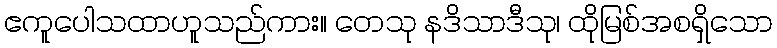
ဧကူပေါသထာဟူသည်ကား။ တေသု နဒိသာဒီသု၊ ထိုမြစ်အစရှိသော